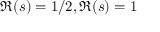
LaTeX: \Re ( s ) = 1 / 2 , \Re ( s ) = 1